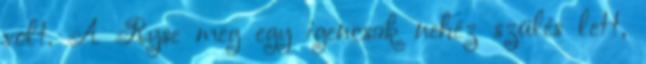
volt. A Ryse meg egy igencsak nehéz szülés lett,